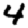
Digit: 4